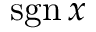
\operatorname { s g n } x